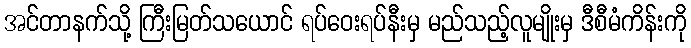
အင်တာနက်သို့ ကြီးမြတ်သယောင် ရပ်ဝေးရပ်နီးမှ မည်သည့်လူမျိုးမှ ဒီစီမံကိန်းကို